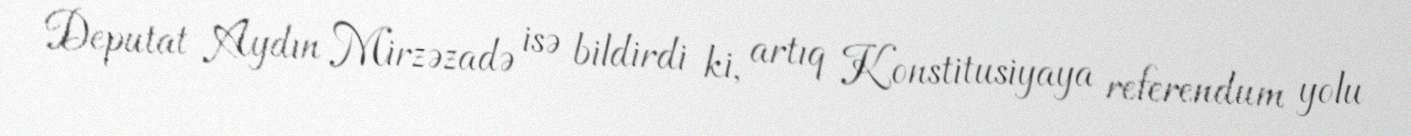
Deputat Aydın Mirzəzadə isə bildirdi ki, artıq Konstitusiyaya referendum yolu